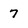
Character: 7